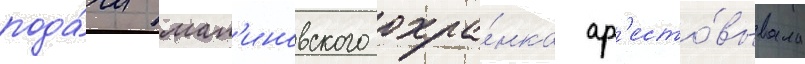
пода́чи мал'иновского охра́нка ар'есто́вывала